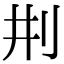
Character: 㓝